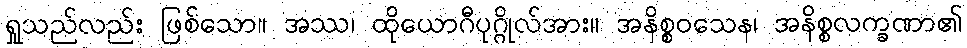
ရှုသည်လည်း ဖြစ်သော။ အဿ၊ ထိုယောဂီပုဂ္ဂိုလ်အား။ အနိစ္စဝသေန၊ အနိစ္စလက္ခဏာ၏